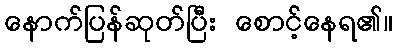
နောက်ပြန်ဆုတ်ပြီး စောင့်နေရ၏။